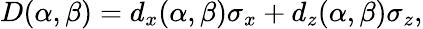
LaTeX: D(\alpha,\beta)=d_{x}(\alpha,\beta)\sigma_{x}+d_{z}(\alpha,\beta)\sigma_{z},